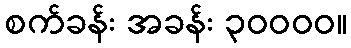
စက်ခန်း အခန်း ၃၀၀၀၀။